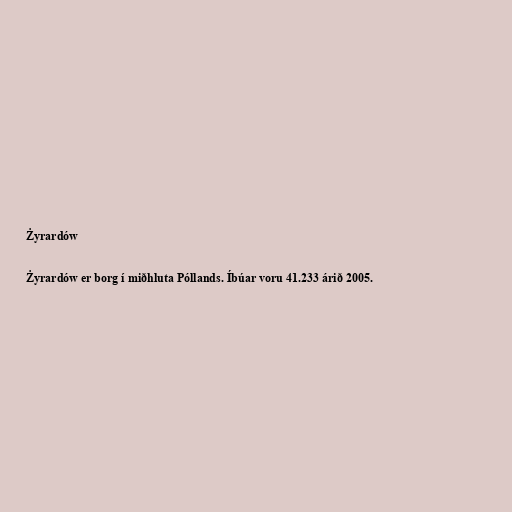
Żyrardów

Żyrardów er borg í miðhluta Póllands. Íbúar voru 41.233 árið 2005.